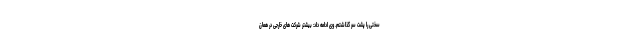
سختی را پشت سر گذاشتم. وی ادامه داد: بیشتر شرکت های خارجی در همان